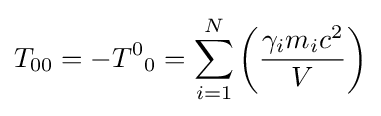
T_{00}=-{T^{0}}_{0}=\sum _{i=1}^{N}\left({\gamma _{i}m_{i}c^{2} \over V}\right)